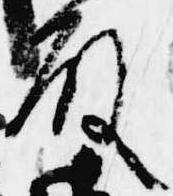
殿